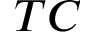
T C